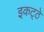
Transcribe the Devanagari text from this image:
इकट्‍ठे